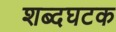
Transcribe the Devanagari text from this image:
शब्दघटक